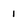
Character: 1